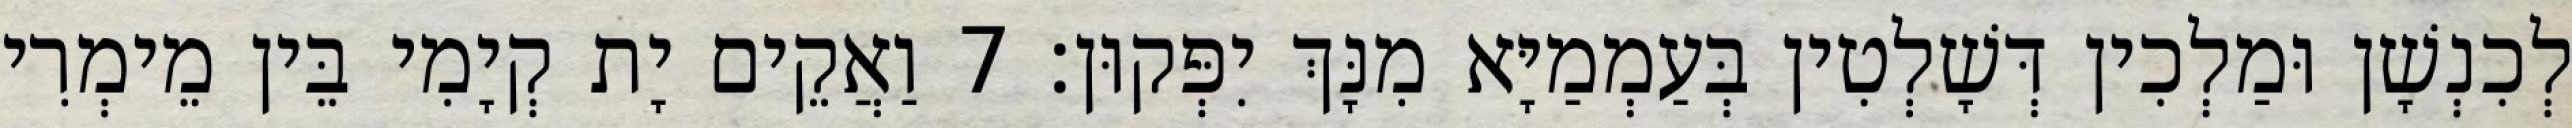
לְכִנְשָׁן וּמַלְכִין דְּשָׁלְטִין בְּעַמְמַיָּא מִנָּךְ יִפְּקוּן׃ 7 וַאֲקֵים יָת קְיָמִי בֵּין מֵימְרִי